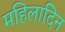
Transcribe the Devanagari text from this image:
महिलादिन